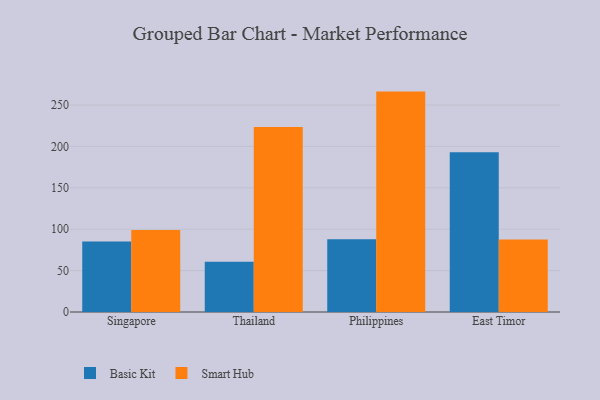
{"axis": {"x": "Country", "y": "Headcount"}, "legend": ["Basic Kit", "Smart Hub"], "data": [{"x": "Singapore", "y": 85.3, "type": "Basic Kit"}, {"x": "Singapore", "y": 99.1, "type": "Smart Hub"}, {"x": "Thailand", "y": 60.7, "type": "Basic Kit"}, {"x": "Thailand", "y": 223.5, "type": "Smart Hub"}, {"x": "Philippines", "y": 87.9, "type": "Basic Kit"}, {"x": "Philippines", "y": 266.2, "type": "Smart Hub"}, {"x": "East Timor", "y": 193.0, "type": "Basic Kit"}, {"x": "East Timor", "y": 87.7, "type": "Smart Hub"}]}